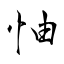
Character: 怞